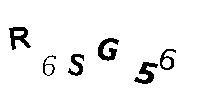
R6SG56